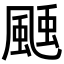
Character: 𩗝